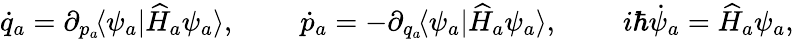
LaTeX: \dot{q}_{a}=\partial_{p_{a}\! }\langle\psi_{a}|\widehat{H}_{a}\psi_{a}\rangle,\qquad\ \dot{p}_{a}=-\partial_{q_{a}\! }\langle\psi_{a}|\widehat{H}_{a}\psi_{a}\rangle,\qquad\ i\hbar\dot{\psi}_{a}=\widehat{H}_{a}\psi_{a},